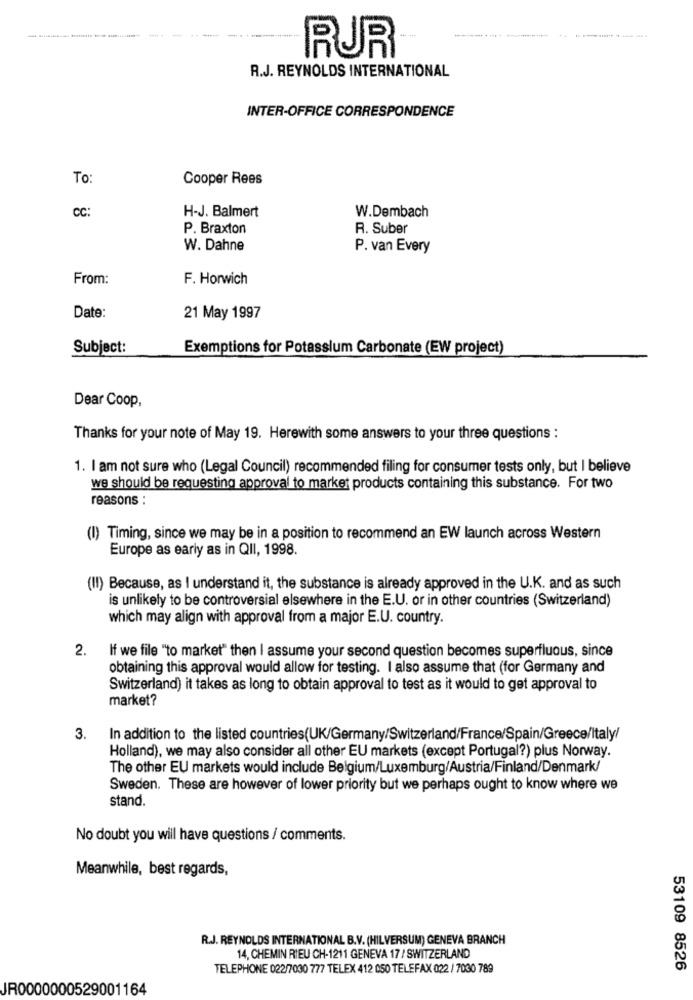
------
RUR
R.J. REYNOLDS INTERNATIONAL
INTER-OFFICE CORRESPONDENCE
To
Cooper Rees
CC:
H-J. Balmert
W.Dembach
P. Braxton
R. Suber
W. Dahne
P. van Every
From:
F. Horwich
Date:
21 May 1997
Subject:
Exemptions for Potassium Carbonate (EW project)
Dear Coop,
Thanks for your note of May 19. Herewith some answers to your three questions :
1. I am not sure who (Legal Council) recommended filing for consumer tests only, but I believe
we should be requesting approval to market products containing this substance. For two
reasons :
(I) Timing, since we may be in a position to recommend an EW launch across Western
Europe as early as in QII, 1998.
(II) Because, as I understand it, the substance is already approved in the U.K. and as such
is unlikely to be controversial elsewhere in the E.U. or in other countries (Switzerland)
which may align with approval from a major E.U. country.
2.
If we file "to market" then I assume your second question becomes superfluous, since
obtaining this approval would allow for testing. I also assume that (for Germany and
Switzerland) it takes as long to obtain approval to test as it would to get approval to
market?
3.
In addition to the listed countries(UK/Germany/Switzerland/France/Spain/Greece/Italy/
Holland), we may also consider all other EU markets (except Portugal?) plus Norway.
The other EU markets would include Belgium/Luxemburg/Austria/Finland/Denmark/
Sweden. These are however of lower priority but we perhaps ought to know where we
stand.
No doubt you will have questions / comments.
Meanwhile, best regards,
R.J. REYNOLDS INTERNATIONAL B.V. (HILVERSUM) GENEVA BRANCH
14, CHEMIN RIEU CH-1211 GENEVA 17/ SWITZERLAND
TELEPHONE 022/7030 777 TELEX 412 050 TELEFAX 022 / 7030 789
53109 8526
JR0000000529001164